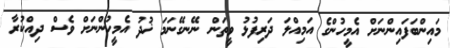
މައިންބަފައިންނަށް އެމީހުންގެ އަމިއްލަ ދަރިފުޅު ވީތަން ނޭނގޭނަމަ ޚުދު އެމީހުންނަށް ވެސް ދިއްކުރާ